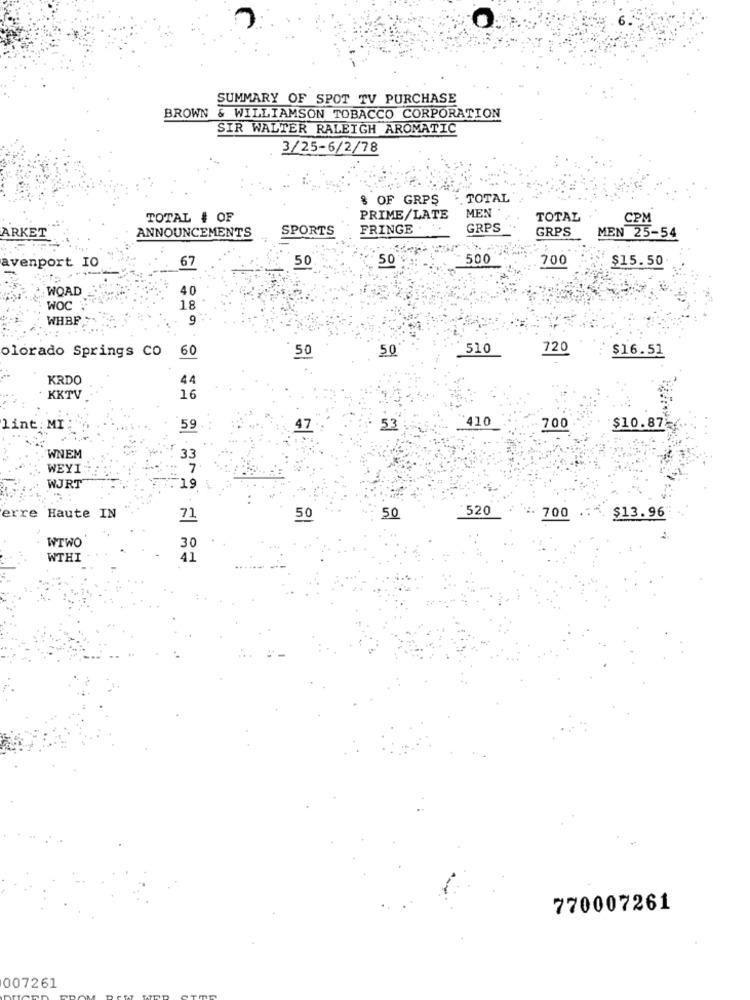
O
SUMMARY OF SPOT TV PURCHASE
BROWN
& WILLIAMSON TOBACCO CORPORATION
SIR WALTER RALEIGH AROMATIC
3/25-6/2/78
8 OF GRPS
TOTAL
MEN
TOTAL # OF
PRIME/LATE
TOTAL
CPM
ANNOUNCEMENTS
SPORTS
FRINGE
GRPS
GRPS
ARKET
MEN 25-54
avenport IO
50
500
700
$15.50
67
50
40
WOAD
WOC
18
WHBF
9
50
50
510
720
$16.51
olorado Springs CO 60
KRDO
44
KKTV
16
410
lint: MI
59
47
53
700
$10.87
WNEM
33
WEYI
7
WJRT
19.
Haute IN
520
700 ..
erre
71
50
50
$13.96
WTWO
30
WTHI
41
770007261
007261